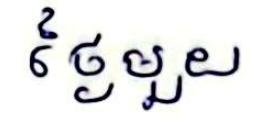
ថ្ងៃមួយ